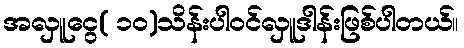
အလှူငွေ( ၁၀)သိန်းပါဝင်လှူဒါန်းဖြစ်ပါတယ်။